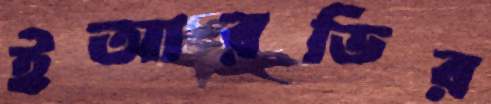
ইআরডির